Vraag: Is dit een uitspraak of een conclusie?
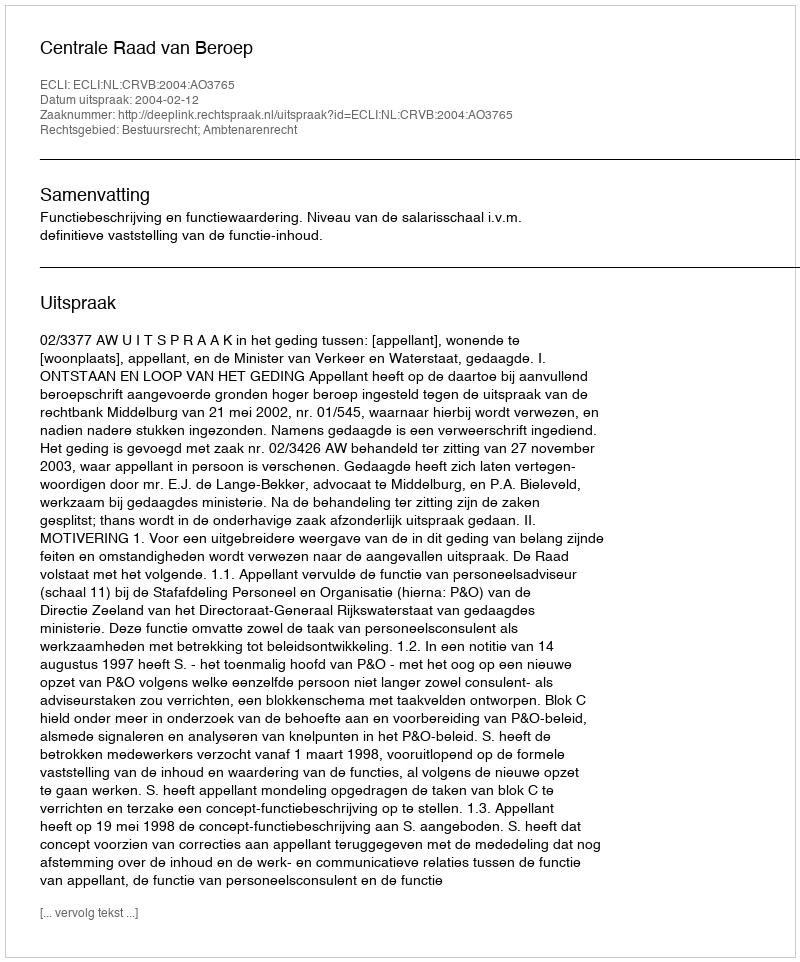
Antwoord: Uitspraak